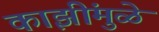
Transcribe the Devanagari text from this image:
काझींमुळे